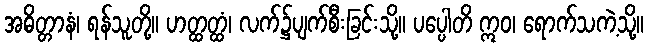
အဓိတ္တာနံ၊ ရန်သူတို့။ ဟတ္ထတ္ထံ၊ လက်၌ပျက်စီးခြင်းသို့။ ပပ္ပေါတိ ဣဝ၊ ရောက်သကဲ့သို့။